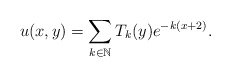
\begin{align*} u(x,y)=\sum\limits_{k\in \mathbb{N}}T_k(y)e^{-k(x+2)}. \end{align*}